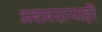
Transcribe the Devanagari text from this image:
जबाबदार्‍याही